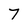
Character: 7